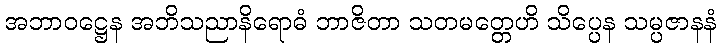
အဘာဝဋ္ဌေန အဘိသညာနိရောဓံ ဘာဇိတာ သတမတ္တေဟိ သိပ္ပေန သမ္ပဇာနနံ